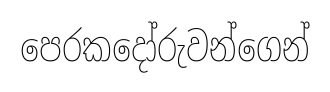
පෙරකදෝරුවන්ගෙන්